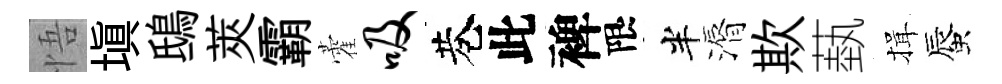
悟塡鴟莢霸藿吸巷此裨限半漘欺蓺揖蜃